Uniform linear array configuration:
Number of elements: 24
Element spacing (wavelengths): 1
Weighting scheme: binomial
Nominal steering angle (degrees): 30
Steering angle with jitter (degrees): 29.184
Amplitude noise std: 0.05
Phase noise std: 0.05

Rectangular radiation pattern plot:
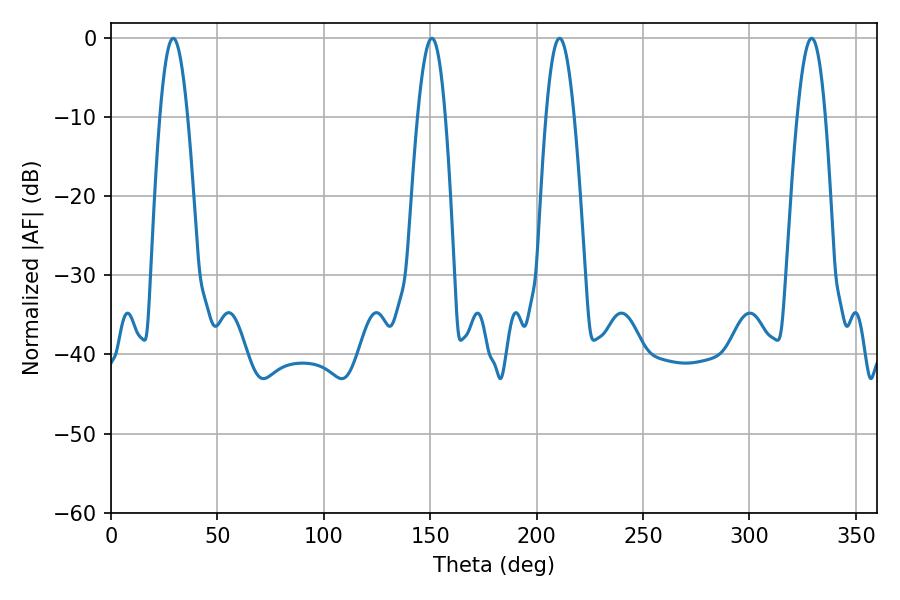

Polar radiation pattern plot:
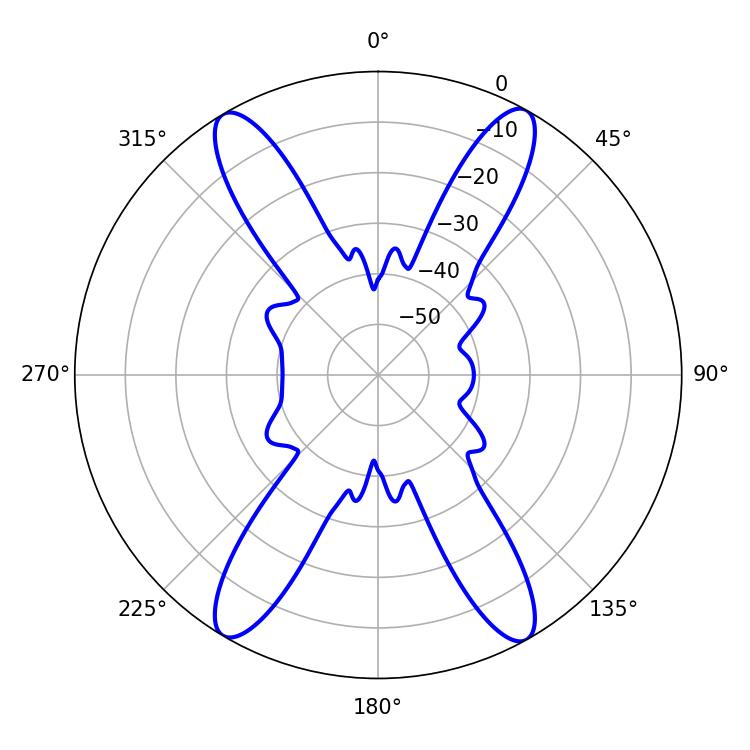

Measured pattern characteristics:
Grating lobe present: TRUE
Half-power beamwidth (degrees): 7.2
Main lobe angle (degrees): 329.22